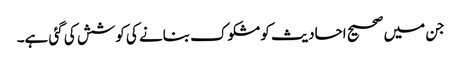
جن میں صحیح احادیث کو مشکوک بنانے کی کوشش کی گئی ہے۔